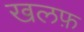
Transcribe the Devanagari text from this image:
खलफ़